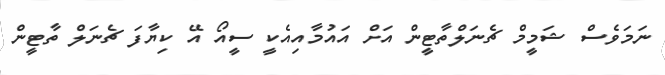
ނަމަވެސް ޝަމީމް ޗެނަލްތާޓީން އަށް އައުމާއިއެކީ ސީއޯ އޭ ކިޔާފަ ޗެނަލް ތާޓީން